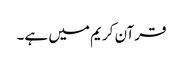
قرآن کریم میں ہے۔